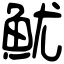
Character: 魷